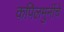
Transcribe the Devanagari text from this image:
कपिलमुनींचे